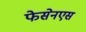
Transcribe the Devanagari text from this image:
फेसेनएस